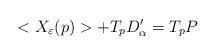
LaTeX: \begin{align*}<X_{\varepsilon} (p) > + T_p D_{\alpha}' = T_p P\end{align*}